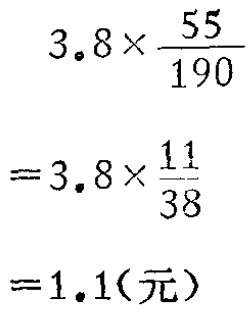
[解] 设所求双曲线方程为